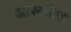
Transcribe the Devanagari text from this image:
आश्लील